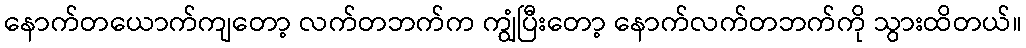
နောက်တယောက်ကျတော့ လက်တဘက်က ကျွံပြီးတော့ နောက်လက်တဘက်ကို သွားထိတယ်။